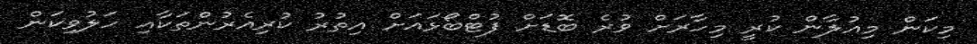
މިކަން މިއުލާން ކުރީ މިހާރަށް ވުރެ ބޮޑަށް ފުޓްބޯޅައަށް އިތުރު ކުރިއެރުންތަކާއި ހަލުވިކަން